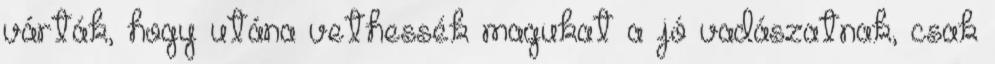
várták, hogy utána vethessék magukat a jó vadászatnak, csak